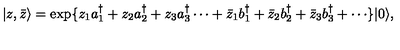
\vert z , \bar { z } \rangle = \exp \{ z _ { 1 } a _ { 1 } ^ { \dagger } + z _ { 2 } a _ { 2 } ^ { \dagger } + z _ { 3 } a _ { 3 } ^ { \dagger } \cdots + \bar { z } _ { 1 } b _ { 1 } ^ { \dagger } + \bar { z } _ { 2 } b _ { 2 } ^ { \dagger } + \bar { z } _ { 3 } b _ { 3 } ^ { \dagger } + \cdots \} \vert 0 \rangle ,